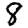
Digit: 8